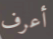
أعرف